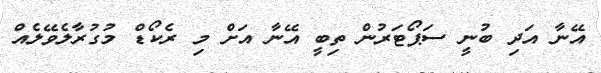
އޭނާ އަދި ބުނީ ސަޕޯޓަރުން ތިބީ އޭނާ އަށް މި ރެކޯޑް މުގުރާލެވޭލެއް